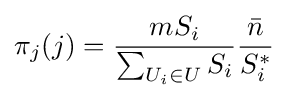
\pi _{j}(j)={\frac {mS_{i}}{\sum _{U_{i}\in U}S_{i}}}{\frac {\bar {n}}{S_{i}^{*}}}